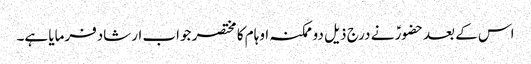
اس کے بعدحضورؑ نے درج ذیل دو ممکنہ اوہام کا مختصر جواب ارشادفرمایا ہے۔